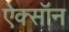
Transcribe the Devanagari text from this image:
ऐक्सॉन